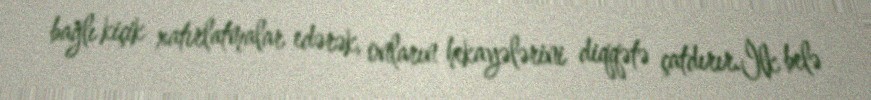
bağlı kiçik xatırlatmalar edərək, onların hekayələrini diqqətə çatdırır.İlk belə